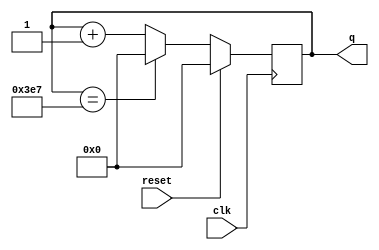
module top_module (
    input clk,
    input reset,
    output [9:0] q);
    
    reg [9:0] o_q ;
    assign q = o_q ;
    
    always @(posedge clk) begin
        if(reset) begin
            o_q <= 10'b0 ;
        end
        else begin
            if(o_q == 999) begin
                o_q <= 10'b0 ;
            end
            else begin
                o_q <= o_q + 1 ;
            end
        end
    end

endmodule